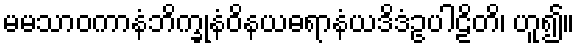
မမသာဝကာနံဘိက္ခုနံဝိနယဓရာနံယဒိဒံဥပါဠိတိ၊ ဟူ၍။